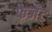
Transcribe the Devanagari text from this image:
फेजंट